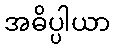
အဓိပ္ပါယာ